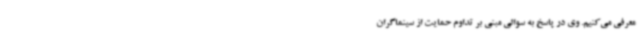
معرفی می‌کنیم. وی در پاسخ به سوالی مبنی بر تداوم حمایت از سینماگران